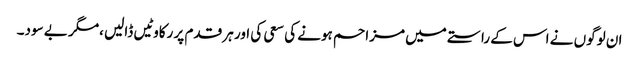
ان لوگوں نے اس کے راستے میں مزاحم ہونے کی سعی کی اور ہر قدم پر رکاوٹیں ڈالیں ،مگر بے سود۔